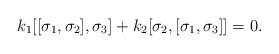
\begin{align*} k_1[[\sigma_1,\sigma_2],\sigma_3] + k_2[\sigma_2,[\sigma_1, \sigma_3]] = 0.\end{align*}